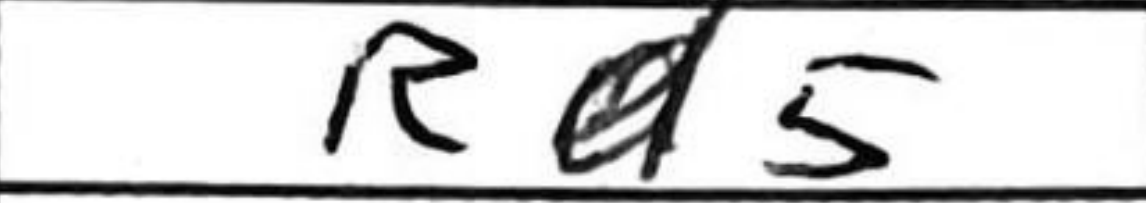
Transcription: Rd5